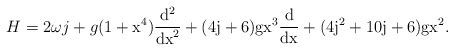
LaTeX: \begin{align*}H = 2 \omega j + g (1+\rm x^4) \frac{\rm d^2}{\rm {dx}^2} + (4j+6)g\rm x^3 \frac{\rm d}{\rm {dx}} + (4j^2+10j+6)g \rm x^2.\end{align*}